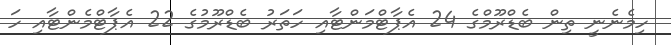
ހިމެނެނީ ތިން ބެޑްރޫމްގެ 24 އެޕާޓްމަންޓާއި ހަތަރު ބެޑްރޫމުގެ 22 އެޕާޓްމެންޓާއި ހަ